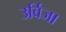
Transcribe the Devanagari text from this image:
उर्विजा